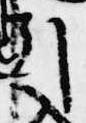
引